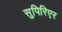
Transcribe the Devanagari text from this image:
सुपिरिएर